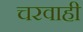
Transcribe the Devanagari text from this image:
चरवाही